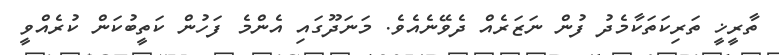
ތާރީޚީ ތަރިކަތަކާމެދު ފުން ނަޒަރެއް ދެވޭނެއެވެ. މަނަދޫގައި އެންމެ ފަހުން ކަތީބުކަން ކުރެއްވީ